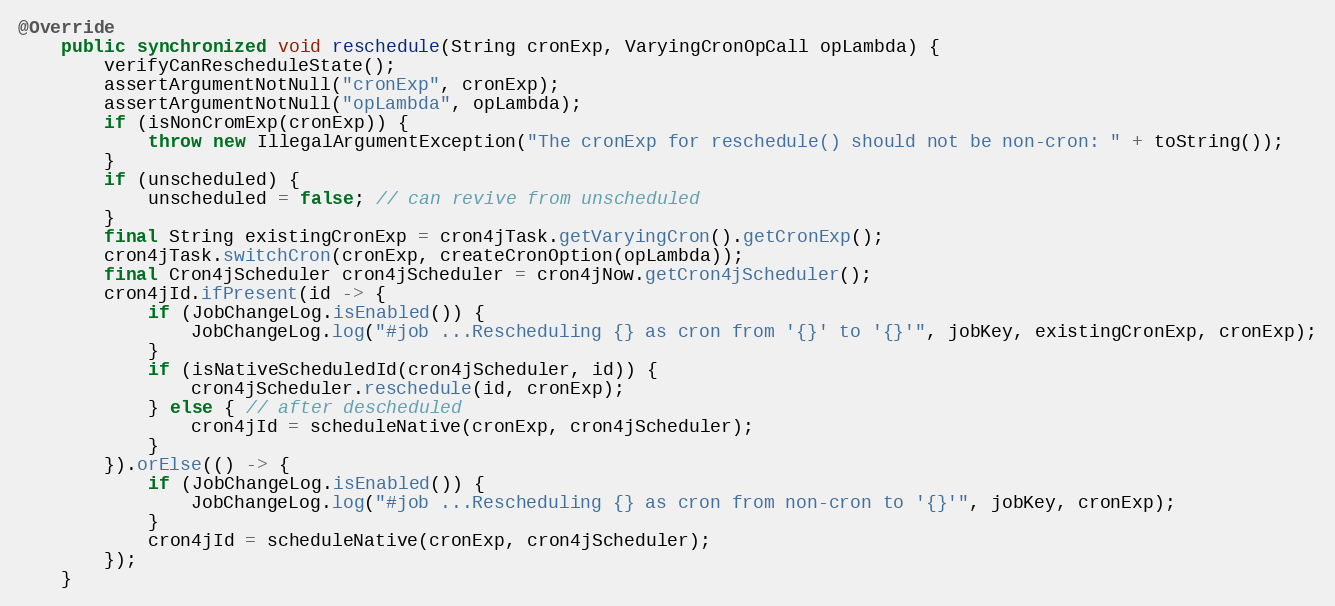
Language: Java
@Override
    public synchronized void reschedule(String cronExp, VaryingCronOpCall opLambda) {
        verifyCanRescheduleState();
        assertArgumentNotNull("cronExp", cronExp);
        assertArgumentNotNull("opLambda", opLambda);
        if (isNonCromExp(cronExp)) {
            throw new IllegalArgumentException("The cronExp for reschedule() should not be non-cron: " + toString());
        }
        if (unscheduled) {
            unscheduled = false; // can revive from unscheduled
        }
        final String existingCronExp = cron4jTask.getVaryingCron().getCronExp();
        cron4jTask.switchCron(cronExp, createCronOption(opLambda));
        final Cron4jScheduler cron4jScheduler = cron4jNow.getCron4jScheduler();
        cron4jId.ifPresent(id -> {
            if (JobChangeLog.isEnabled()) {
                JobChangeLog.log("#job ...Rescheduling {} as cron from '{}' to '{}'", jobKey, existingCronExp, cronExp);
            }
            if (isNativeScheduledId(cron4jScheduler, id)) {
                cron4jScheduler.reschedule(id, cronExp);
            } else { // after descheduled
                cron4jId = scheduleNative(cronExp, cron4jScheduler);
            }
        }).orElse(() -> {
            if (JobChangeLog.isEnabled()) {
                JobChangeLog.log("#job ...Rescheduling {} as cron from non-cron to '{}'", jobKey, cronExp);
            }
            cron4jId = scheduleNative(cronExp, cron4jScheduler);
        });
    }